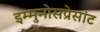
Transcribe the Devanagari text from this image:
इम्मुनोसप्रेसांट